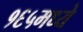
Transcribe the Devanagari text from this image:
१६५मध्ये